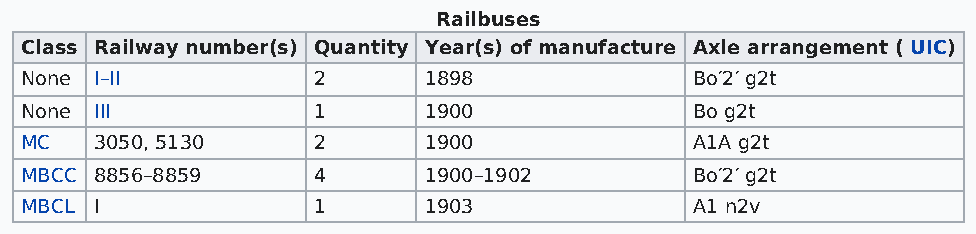
Railbuses
 Class Railway number(s) Quantity Year(s) of manufacture Axle arrangement ( UIC)
 None I–II           2      1898              Bo′2′ g2t
 None III            1      1900              Bo g2t
 MC   3050, 5130     2      1900              A1A g2t
 MBCC 8856–8859      4      1900–1902         Bo′2′ g2t
 MBCL I              1      1903              A1 n2v